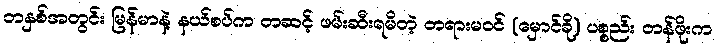
တနှစ်အတွင်း မြန်မာနဲ့ နယ်စပ်က တဆင့် ဖမ်းဆီးရမိတဲ့ တရားမဝင် (မှောင်ခို) ပစ္စည်း တန်ဖိုးက